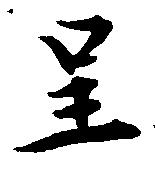
呈